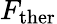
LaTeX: F_{\mathrm{ther}}